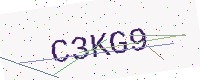
Text: C3KG9